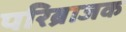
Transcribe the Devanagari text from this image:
परिब्राजक